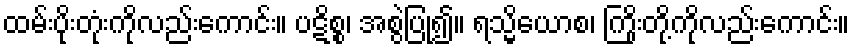
ထမ်းပိုးတုံးကိုလည်းကောင်း။ ပဋိစ္စ၊ အစွဲပြု၍။ ရသ္မိယောစ၊ ကြိုးတို့ကိုလည်းကောင်း။